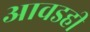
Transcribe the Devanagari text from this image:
आवडही